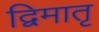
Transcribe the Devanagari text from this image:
द्विमातृ